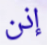
إذن